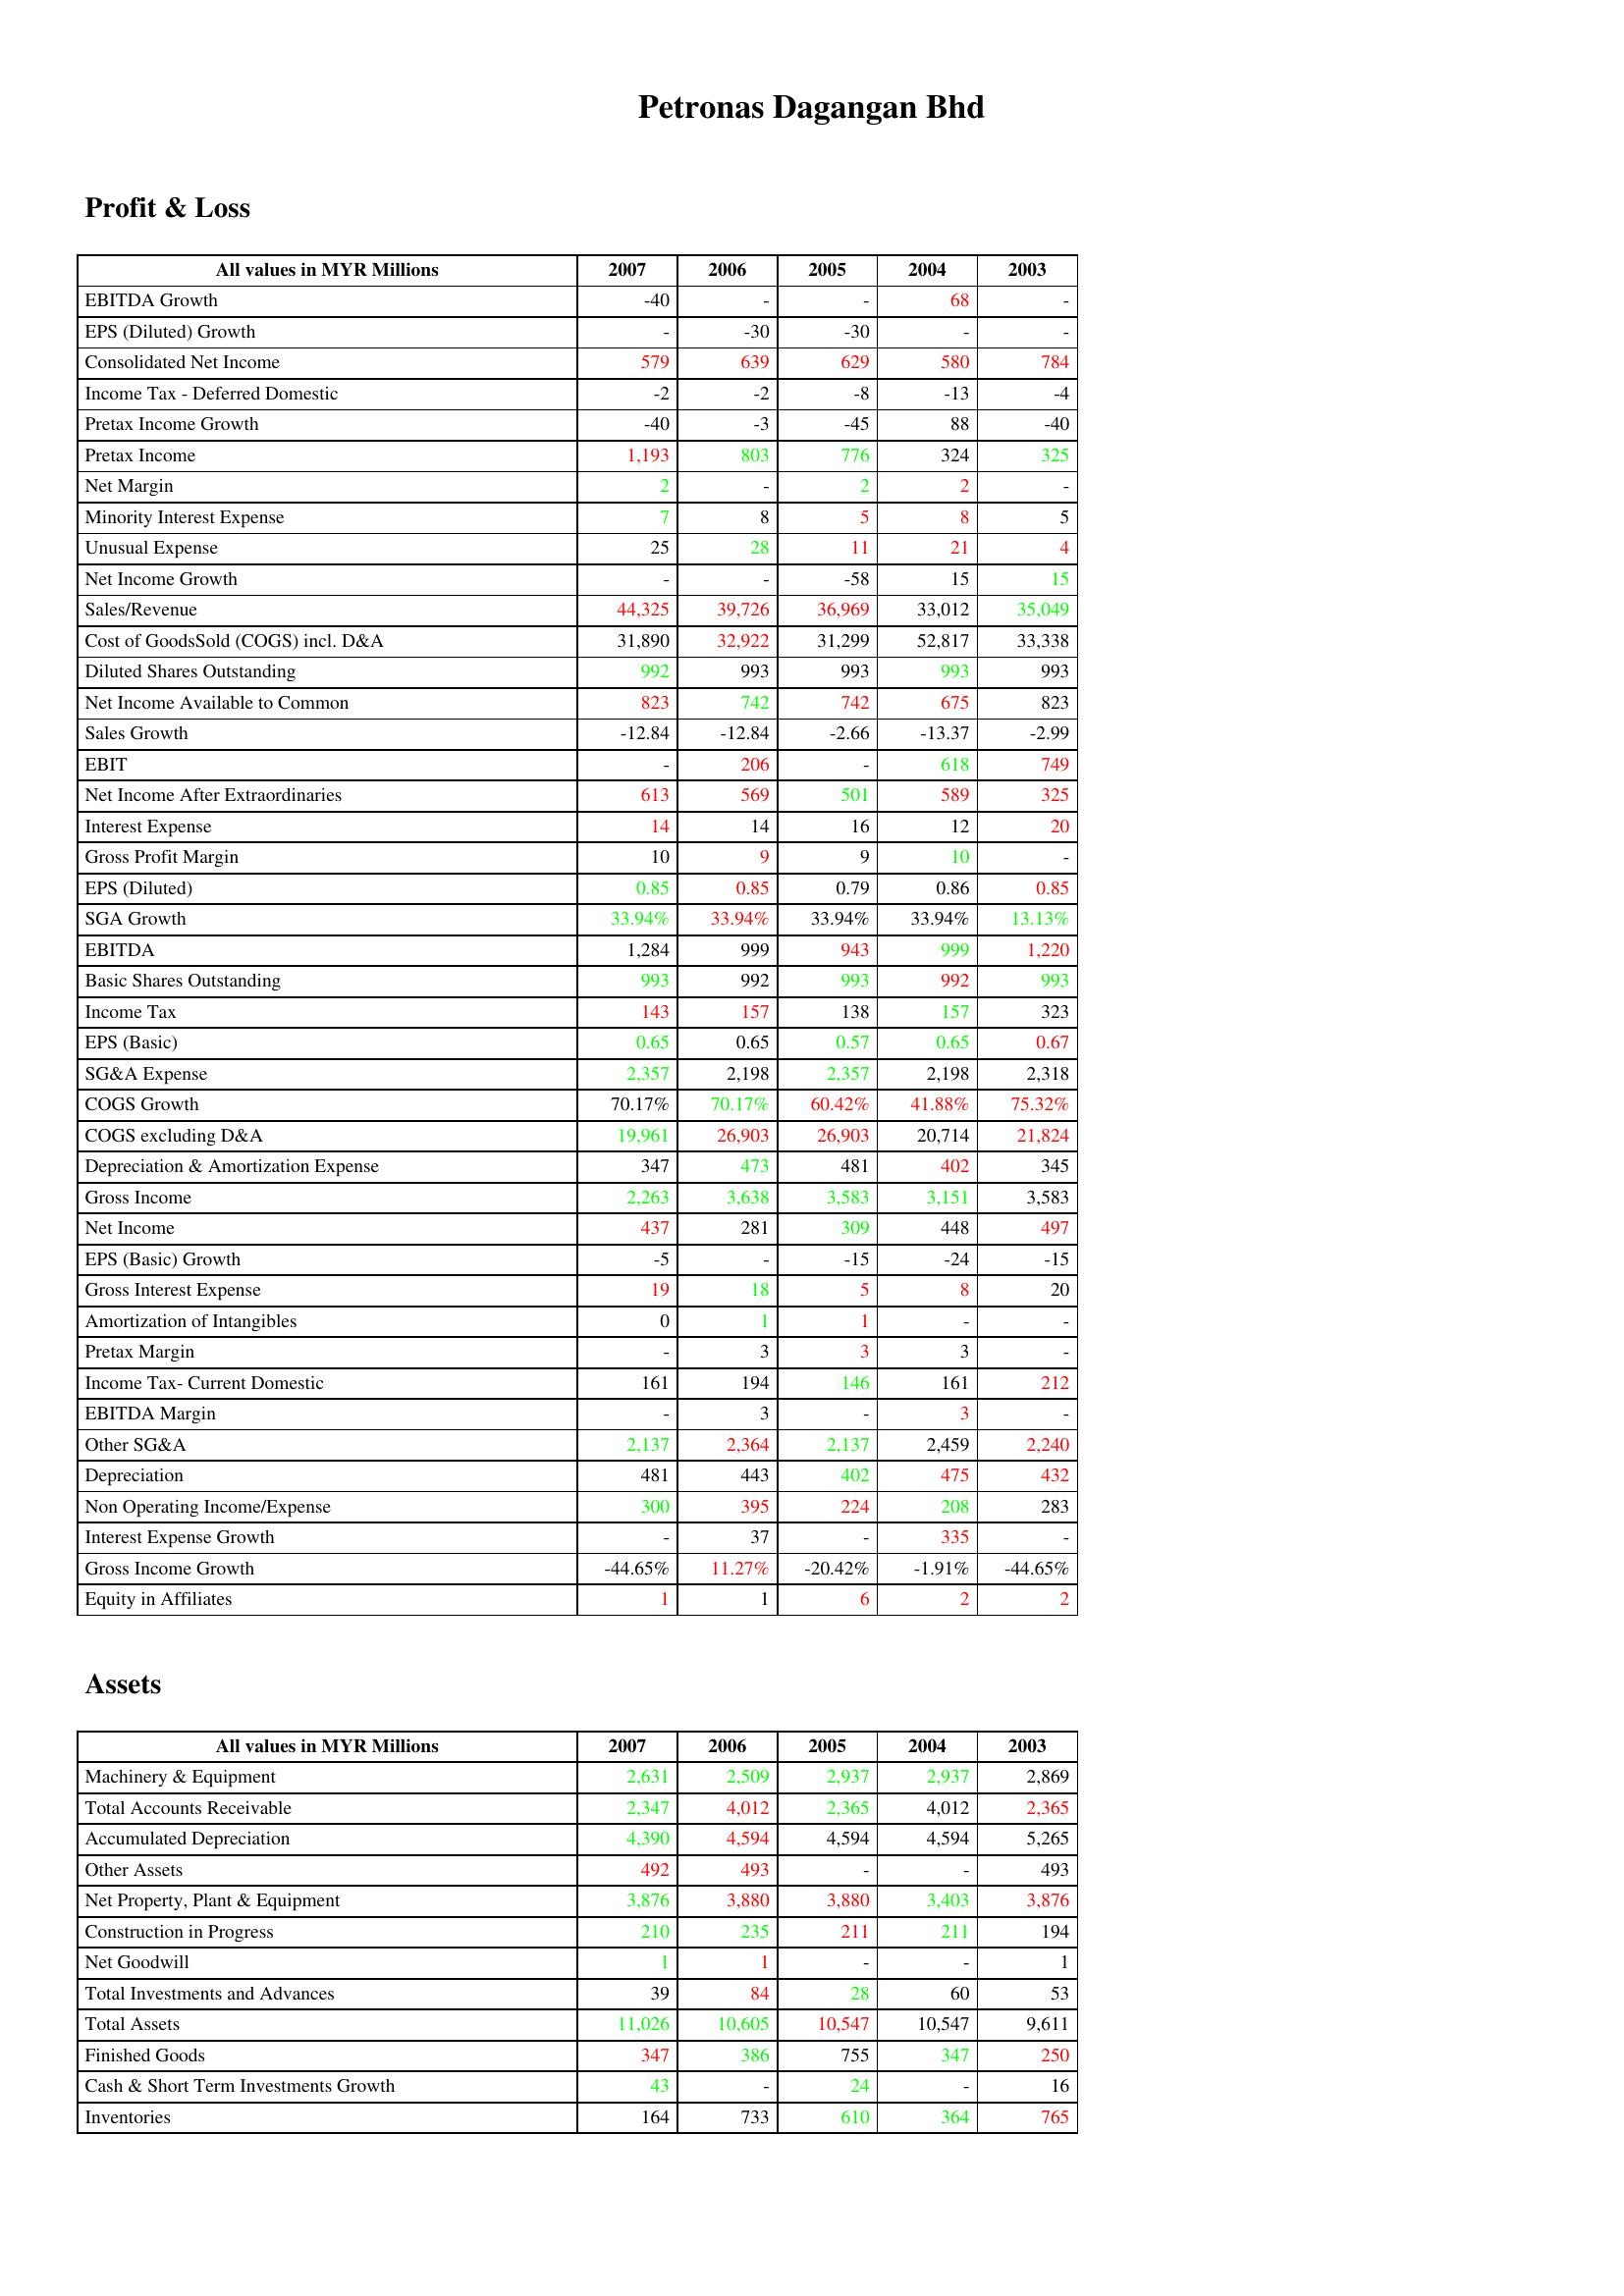
gt_parse: 2007: Profit & Loss: EBITDA Growth: -40
EPS (Diluted) Growth: -
Consolidated Net Income: 579
Income Tax - Deferred Domestic: -2
Pretax Income Growth: -40
Pretax Income: 1,193
Net Margin: 2
Minority Interest Expense: 7
Unusual Expense: 25
Net Income Growth: -
Sales/Revenue: 44,325
Cost of GoodsSold (COGS) incl. D&A: 31,890
Diluted Shares Outstanding: 992
Net Income Available to Common: 823
Sales Growth: -12.84
EBIT: -
Net Income After Extraordinaries: 613
Interest Expense: 14
Gross Profit Margin: 10
EPS (Diluted): 0.85
SGA Growth: 33.94%
EBITDA: 1,284
Basic Shares Outstanding: 993
Income Tax: 143
EPS (Basic): 0.65
SG&A Expense: 2,357
COGS Growth: 70.17%
COGS excluding D&A: 19,961
Depreciation & Amortization Expense: 347
Gross Income: 2,263
Net Income: 437
EPS (Basic) Growth: -5
Gross Interest Expense: 19
Amortization of Intangibles: 0
Pretax Margin: -
Income Tax- Current Domestic: 161
EBITDA Margin: -
Other SG&A: 2,137
Depreciation: 481
Non Operating Income/Expense: 300
Interest Expense Growth: -
Gross Income Growth: -44.65%
Equity in Affiliates: 1
Assets: Machinery & Equipment: 2,631
Total Accounts Receivable: 2,347
Accumulated Depreciation: 4,390
Other Assets: 492
Net Property, Plant & Equipment: 3,876
Construction in Progress: 210
Net Goodwill: 1
Total Investments and Advances: 39
Total Assets: 11,026
Finished Goods: 347
Cash & Short Term Investments Growth: 43
Inventories: 164
2006: Profit & Loss: EBITDA Growth: -
EPS (Diluted) Growth: -30
Consolidated Net Income: 639
Income Tax - Deferred Domestic: -2
Pretax Income Growth: -3
Pretax Income: 803
Net Margin: -
Minority Interest Expense: 8
Unusual Expense: 28
Net Income Growth: -
Sales/Revenue: 39,726
Cost of GoodsSold (COGS) incl. D&A: 32,922
Diluted Shares Outstanding: 993
Net Income Available to Common: 742
Sales Growth: -12.84
EBIT: 206
Net Income After Extraordinaries: 569
Interest Expense: 14
Gross Profit Margin: 9
EPS (Diluted): 0.85
SGA Growth: 33.94%
EBITDA: 999
Basic Shares Outstanding: 992
Income Tax: 157
EPS (Basic): 0.65
SG&A Expense: 2,198
COGS Growth: 70.17%
COGS excluding D&A: 26,903
Depreciation & Amortization Expense: 473
Gross Income: 3,638
Net Income: 281
EPS (Basic) Growth: -
Gross Interest Expense: 18
Amortization of Intangibles: 1
Pretax Margin: 3
Income Tax- Current Domestic: 194
EBITDA Margin: 3
Other SG&A: 2,364
Depreciation: 443
Non Operating Income/Expense: 395
Interest Expense Growth: 37
Gross Income Growth: 11.27%
Equity in Affiliates: 1
Assets: Machinery & Equipment: 2,509
Total Accounts Receivable: 4,012
Accumulated Depreciation: 4,594
Other Assets: 493
Net Property, Plant & Equipment: 3,880
Construction in Progress: 235
Net Goodwill: 1
Total Investments and Advances: 84
Total Assets: 10,605
Finished Goods: 386
Cash & Short Term Investments Growth: -
Inventories: 733
2005: Profit & Loss: EBITDA Growth: -
EPS (Diluted) Growth: -30
Consolidated Net Income: 629
Income Tax - Deferred Domestic: -8
Pretax Income Growth: -45
Pretax Income: 776
Net Margin: 2
Minority Interest Expense: 5
Unusual Expense: 11
Net Income Growth: -58
Sales/Revenue: 36,969
Cost of GoodsSold (COGS) incl. D&A: 31,299
Diluted Shares Outstanding: 993
Net Income Available to Common: 742
Sales Growth: -2.66
EBIT: -
Net Income After Extraordinaries: 501
Interest Expense: 16
Gross Profit Margin: 9
EPS (Diluted): 0.79
SGA Growth: 33.94%
EBITDA: 943
Basic Shares Outstanding: 993
Income Tax: 138
EPS (Basic): 0.57
SG&A Expense: 2,357
COGS Growth: 60.42%
COGS excluding D&A: 26,903
Depreciation & Amortization Expense: 481
Gross Income: 3,583
Net Income: 309
EPS (Basic) Growth: -15
Gross Interest Expense: 5
Amortization of Intangibles: 1
Pretax Margin: 3
Income Tax- Current Domestic: 146
EBITDA Margin: -
Other SG&A: 2,137
Depreciation: 402
Non Operating Income/Expense: 224
Interest Expense Growth: -
Gross Income Growth: -20.42%
Equity in Affiliates: 6
Assets: Machinery & Equipment: 2,937
Total Accounts Receivable: 2,365
Accumulated Depreciation: 4,594
Other Assets: -
Net Property, Plant & Equipment: 3,880
Construction in Progress: 211
Net Goodwill: -
Total Investments and Advances: 28
Total Assets: 10,547
Finished Goods: 755
Cash & Short Term Investments Growth: 24
Inventories: 610
2004: Profit & Loss: EBITDA Growth: 68
EPS (Diluted) Growth: -
Consolidated Net Income: 580
Income Tax - Deferred Domestic: -13
Pretax Income Growth: 88
Pretax Income: 324
Net Margin: 2
Minority Interest Expense: 8
Unusual Expense: 21
Net Income Growth: 15
Sales/Revenue: 33,012
Cost of GoodsSold (COGS) incl. D&A: 52,817
Diluted Shares Outstanding: 993
Net Income Available to Common: 675
Sales Growth: -13.37
EBIT: 618
Net Income After Extraordinaries: 589
Interest Expense: 12
Gross Profit Margin: 10
EPS (Diluted): 0.86
SGA Growth: 33.94%
EBITDA: 999
Basic Shares Outstanding: 992
Income Tax: 157
EPS (Basic): 0.65
SG&A Expense: 2,198
COGS Growth: 41.88%
COGS excluding D&A: 20,714
Depreciation & Amortization Expense: 402
Gross Income: 3,151
Net Income: 448
EPS (Basic) Growth: -24
Gross Interest Expense: 8
Amortization of Intangibles: -
Pretax Margin: 3
Income Tax- Current Domestic: 161
EBITDA Margin: 3
Other SG&A: 2,459
Depreciation: 475
Non Operating Income/Expense: 208
Interest Expense Growth: 335
Gross Income Growth: -1.91%
Equity in Affiliates: 2
Assets: Machinery & Equipment: 2,937
Total Accounts Receivable: 4,012
Accumulated Depreciation: 4,594
Other Assets: -
Net Property, Plant & Equipment: 3,403
Construction in Progress: 211
Net Goodwill: -
Total Investments and Advances: 60
Total Assets: 10,547
Finished Goods: 347
Cash & Short Term Investments Growth: -
Inventories: 364
2003: Profit & Loss: EBITDA Growth: -
EPS (Diluted) Growth: -
Consolidated Net Income: 784
Income Tax - Deferred Domestic: -4
Pretax Income Growth: -40
Pretax Income: 325
Net Margin: -
Minority Interest Expense: 5
Unusual Expense: 4
Net Income Growth: 15
Sales/Revenue: 35,049
Cost of GoodsSold (COGS) incl. D&A: 33,338
Diluted Shares Outstanding: 993
Net Income Available to Common: 823
Sales Growth: -2.99
EBIT: 749
Net Income After Extraordinaries: 325
Interest Expense: 20
Gross Profit Margin: -
EPS (Diluted): 0.85
SGA Growth: 13.13%
EBITDA: 1,220
Basic Shares Outstanding: 993
Income Tax: 323
EPS (Basic): 0.67
SG&A Expense: 2,318
COGS Growth: 75.32%
COGS excluding D&A: 21,824
Depreciation & Amortization Expense: 345
Gross Income: 3,583
Net Income: 497
EPS (Basic) Growth: -15
Gross Interest Expense: 20
Amortization of Intangibles: -
Pretax Margin: -
Income Tax- Current Domestic: 212
EBITDA Margin: -
Other SG&A: 2,240
Depreciation: 432
Non Operating Income/Expense: 283
Interest Expense Growth: -
Gross Income Growth: -44.65%
Equity in Affiliates: 2
Assets: Machinery & Equipment: 2,869
Total Accounts Receivable: 2,365
Accumulated Depreciation: 5,265
Other Assets: 493
Net Property, Plant & Equipment: 3,876
Construction in Progress: 194
Net Goodwill: 1
Total Investments and Advances: 53
Total Assets: 9,611
Finished Goods: 250
Cash & Short Term Investments Growth: 16
Inventories: 765